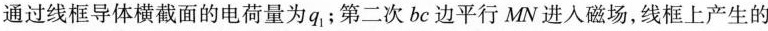
通过线框导体横截面的电荷量为q{ 1 }；第二次bc边平行MN进入磁场，线框上产生的